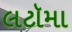
લટૉમા